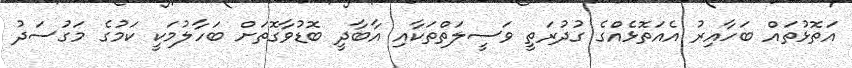
އަތޮޅުތައް ބަހާއިރު އެއަތޮޅެއްގެ ގުދުރަތީ ވަސީލަތްތަކާއި އާބާދީ ބޮޑުވާގޮތަށް ބަހާލުމަކީ ކަމުގެ މަގުސަދު